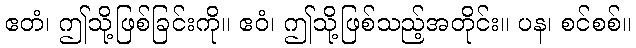
ဧတံ၊ ဤသို့ဖြစ်ခြင်းကို။ ဧဝံ၊ ဤသို့ဖြစ်သည့်အတိုင်း။ ပန၊ စင်စစ်။